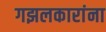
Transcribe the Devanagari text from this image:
गझलकारांना